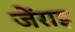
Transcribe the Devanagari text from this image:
जेंराइ